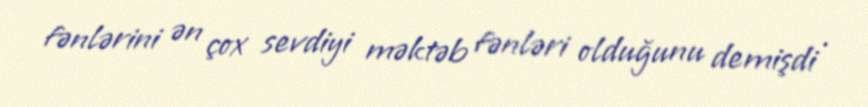
fənlərini ən çox sevdiyi məktəb fənləri olduğunu demişdi .